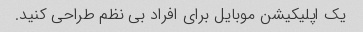
یک اپلیکیشن موبایل برای افراد بی نظم طراحی کنید.